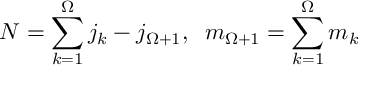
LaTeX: N = \sum _ { k = 1 } ^ { \Omega } j _ { k } - j _ { \Omega + 1 } , \; \; m _ { \Omega + 1 } = \sum _ { k = 1 } ^ { \Omega } m _ { k }